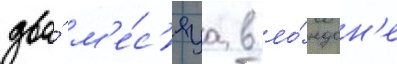
два́ м'е́с'яца в ло́ндон'е